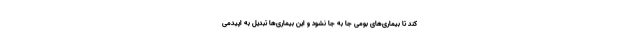
کند تا بیماری‌های بومی جا به جا نشود و این بیماری‌ها تبدیل به اپیدمی